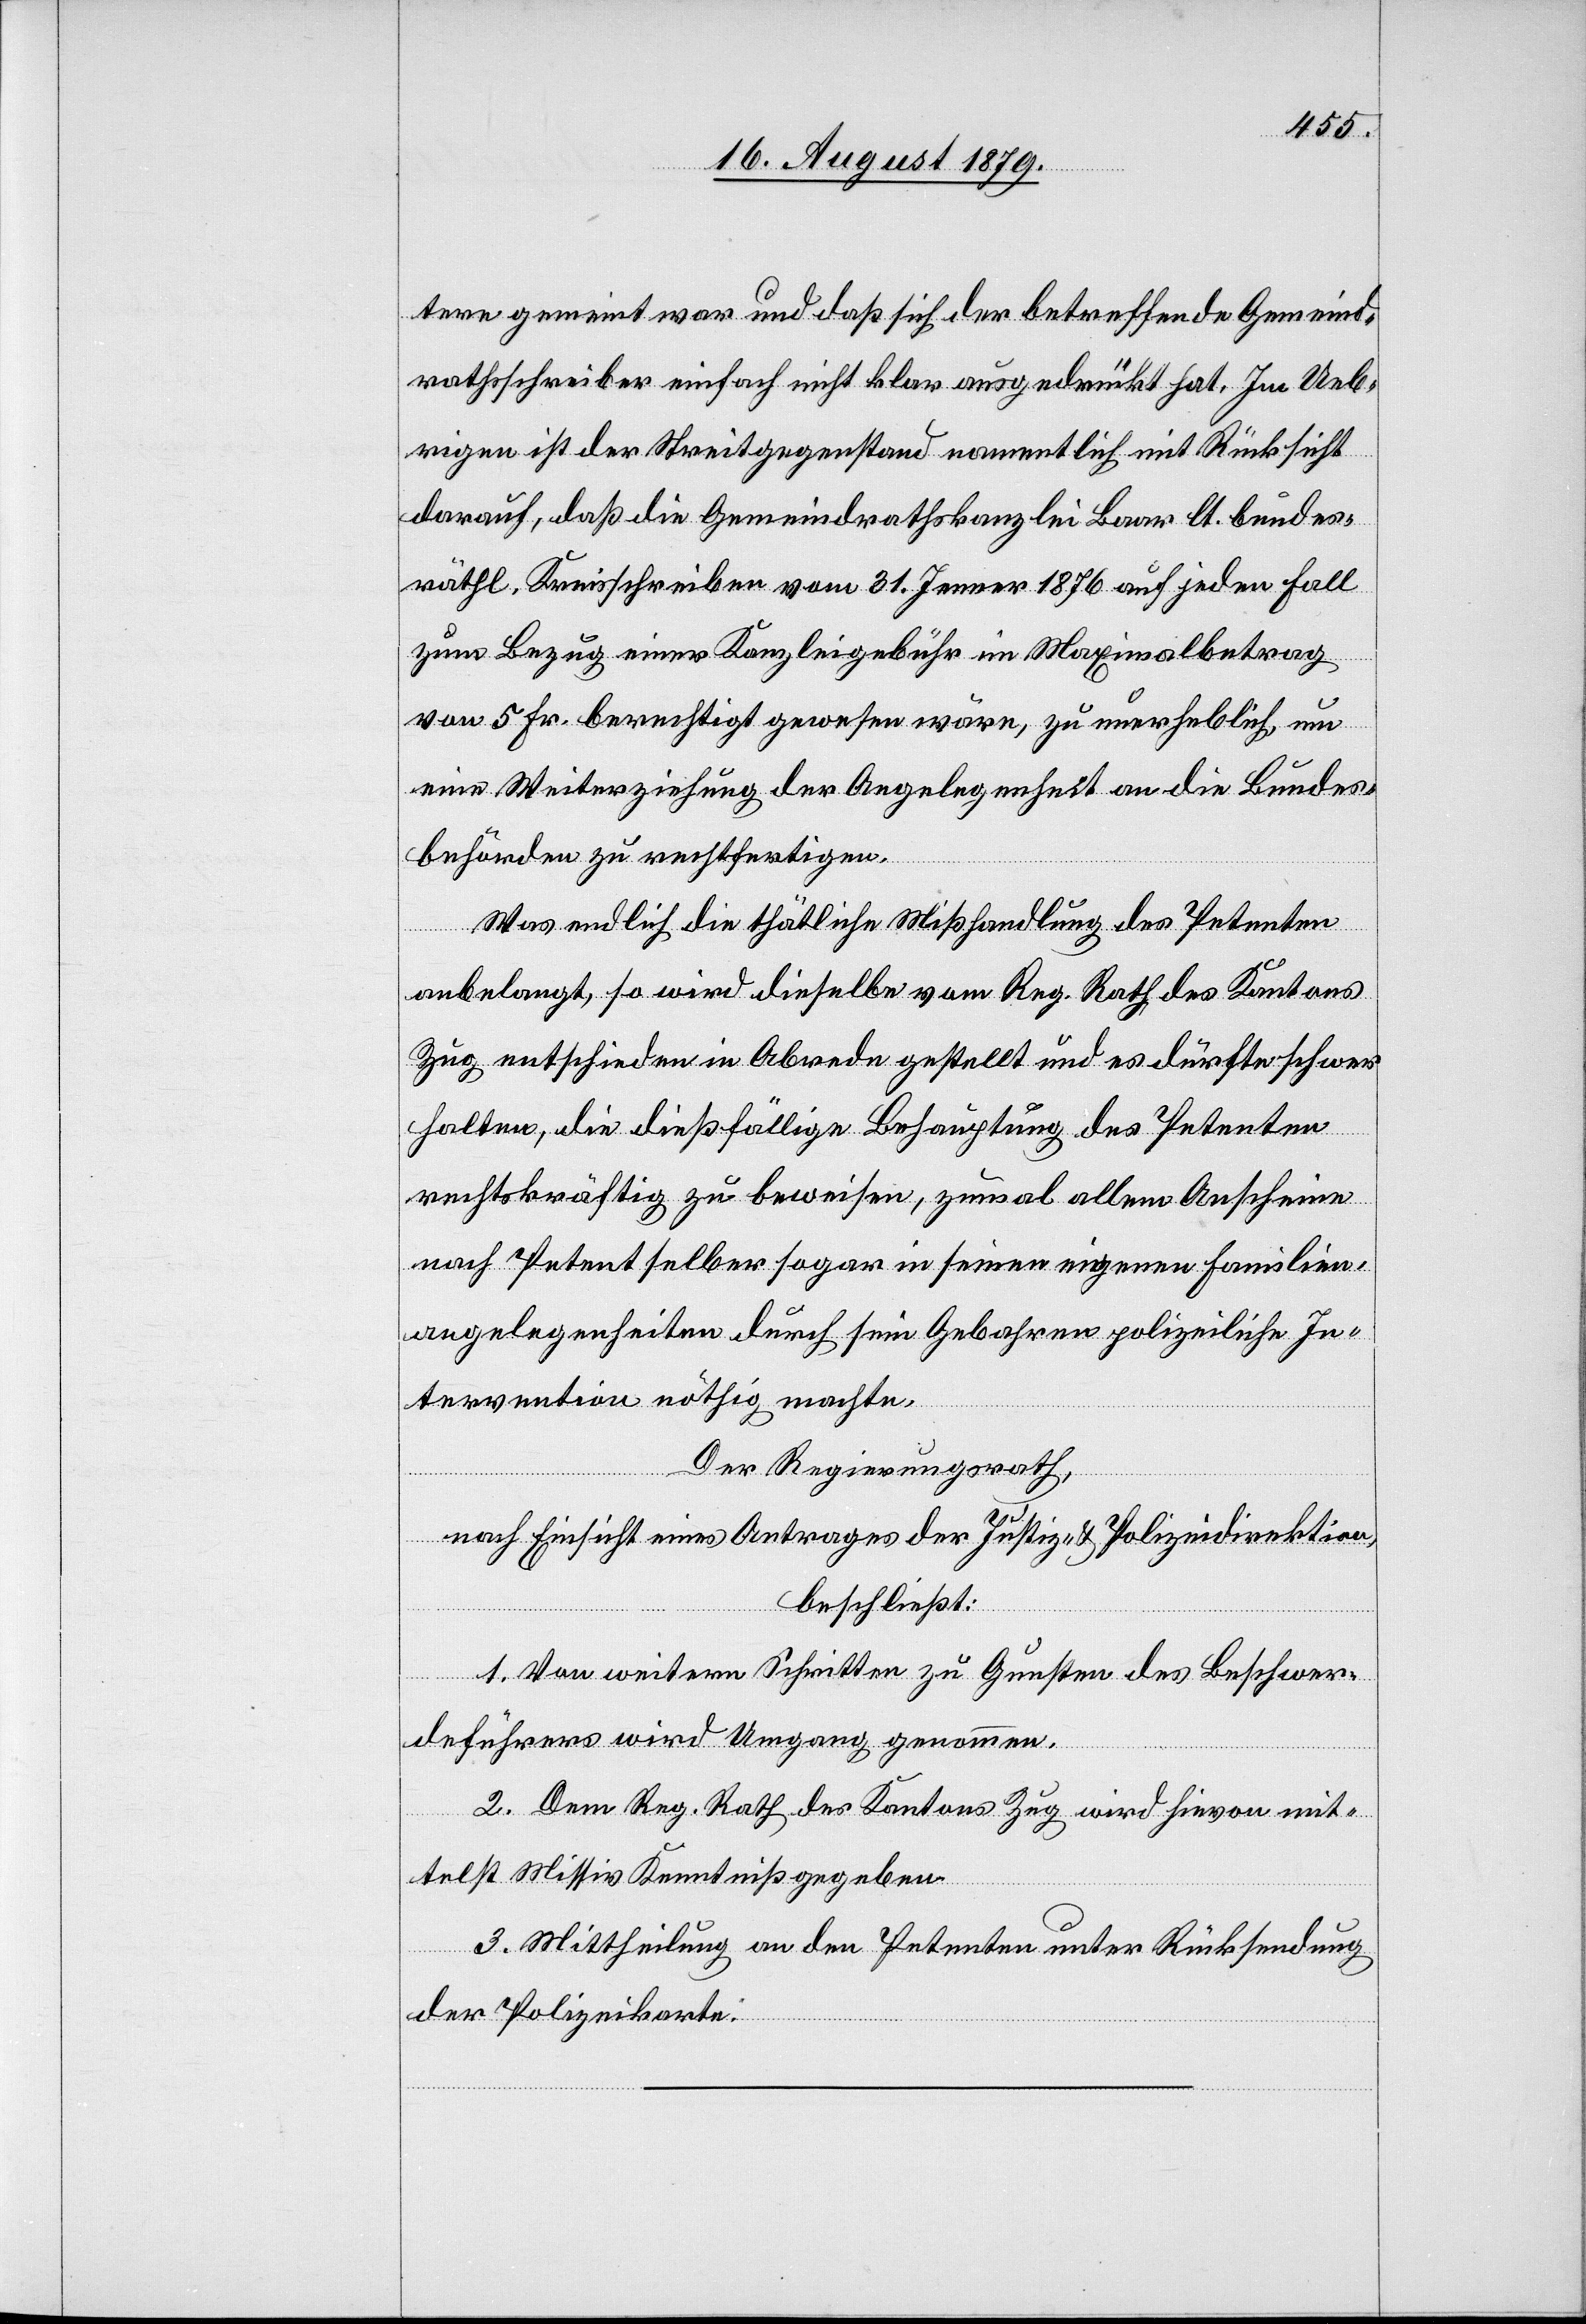
tere gemeint war und daß sich der betreffende Gemeind¬
rathsschreiber einfach nicht klar ausgedrückt hat. Im Ueb¬
rigen ist der Streitgegenstand namentlich mit Rücksicht
darauf, daß die Gemeindrathskanzlei Baar lt. bundes¬
räthl. Kreisschreiben vom 31. Jenner 1876 auf jeden Fall
zum Bezug einer Kanzleigebühr im Maximalbetrag
von 5 Fr. berechtigt gewesen wäre, zu unerheblich, um
eine Weiterziehung der Angelegenheit an die Bundes¬
behörden zu rechtfertigen.
Was endlich die thätliche Misshandlung des Petenten
anbelangt, so wird dieselbe vom Reg. Rath des Kantons
Zug entschieden in Abrede gestellt und es dürfte schwer
halten, die dießfällige Behauptung des Petenten
rechtskräftig zu beweisen, zumal allem Anscheine
nach Petent selber sogar in seinen eigenen Familien¬
angelegenheiten durch sein Gebahren polizeiliche In¬
tervention nöthig machte.
Der Regierungsrath,
nach Einsicht eines Antrages der Justiz- & Polizeidirektion,
beschließt:
1. Von weitern Schritten zu Gunsten des Beschwer¬
deführers wird Umgang genommen.
2. Dem Reg. Rath des Kantons Zug wird hievon mit¬
telst Missiv Kenntniß gegeben.
3. Mittheilung an den Petenten unter Rücksendung
der Polizeikarte.